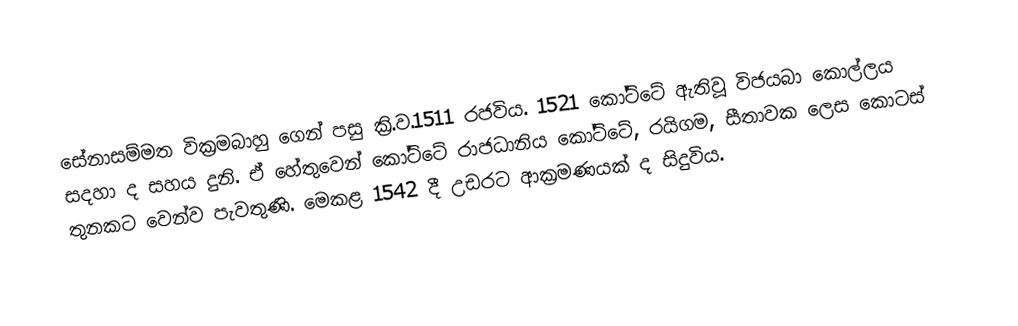
සේනාසම්මත වික්‍රමබාහු ගෙන් පසු ක්‍රි.ව.1511 රජවිය. 1521 කෝට්ටේ ඇතිවූ විජයබා කොල්ලය සදහා ද සහය දුනි. ඒ හේතුවෙන් කෝට්ටේ රාජධානිය  කෝට්ටේ, රයිගම, සීතාවක ලෙස කොටස් තුනකට වෙන්ව පැවතුණි. මෙකළ 1542 දී උඩරට ආක්‍රමණයක් ද සිදුවිය.